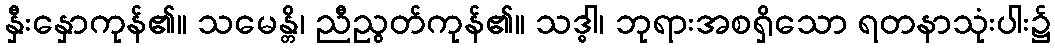
နှီးနှောကုန်၏။ သမေန္တိ၊ ညီညွတ်ကုန်၏။ သဒ္ဓါ၊ ဘုရားအစရှိသော ရတနာသုံးပါး၌